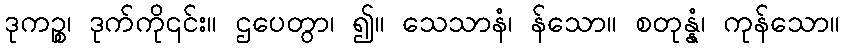
ဒုကဉ္စ၊ ဒုက်ကို၎င်း။ ဌပေတွာ၊ ၍။ သေသာနံ၊ န်သော။ စတုန္နံ၊ ကုန်သော။